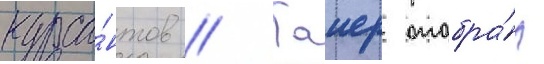
курса́нтов // Таиер отобра́л